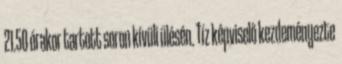
21.50 órakor tartott soron kívüli ülésén. Tíz képviselő kezdeményezte